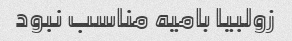
زولبیا بامیه مناسب نبود